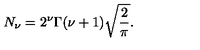
N _ { \nu } = 2 ^ { \nu } \Gamma ( \nu + 1 ) \sqrt { \frac { 2 } { \pi } } .